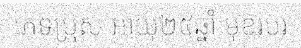
ភេទប្រុស អាយុ២៥ឆ្នាំ មុខរបរ